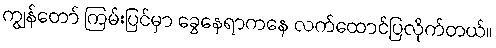
ကျွန်တော် ကြမ်းပြင်မှာ ခွေနေရာကနေ လက်ထောင်ပြလိုက်တယ်။